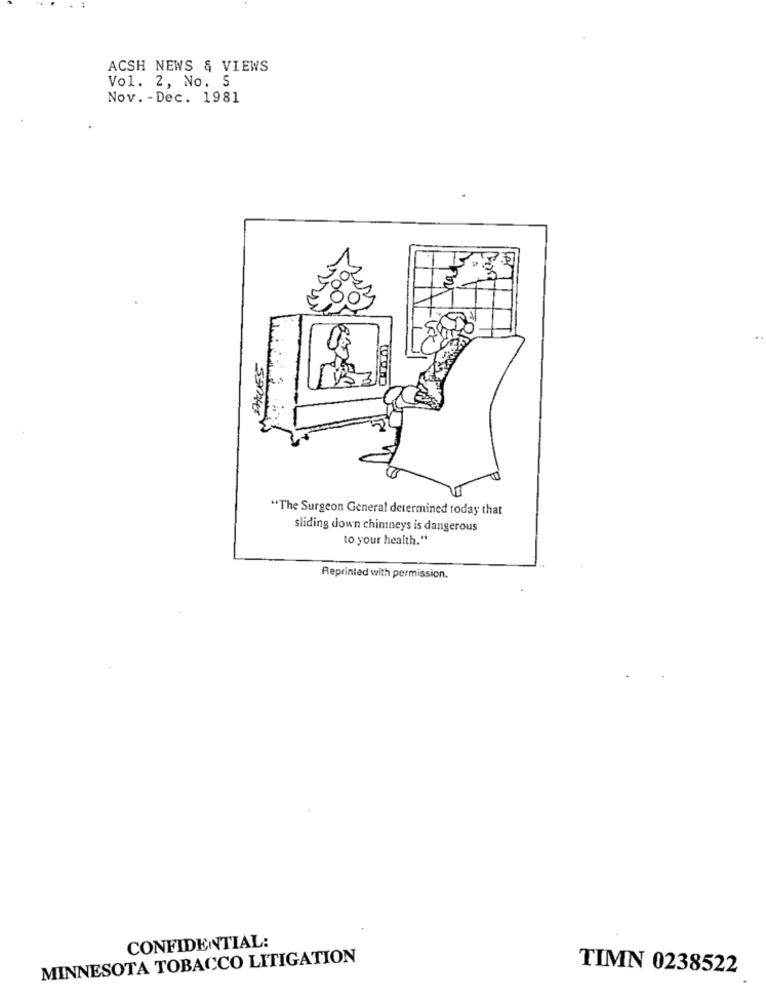
ACSH NEWS & VIEWS
Vol. 2, No. S
Nov. - Dec. 1981
"The Surgeon General determined today that
sliding down chimneys is dangerous
to your health."
Reprinted with permission.
CONFIDENTIAL:
MINNESOTA TOBACCO LITIGATION
TIMN 0238522